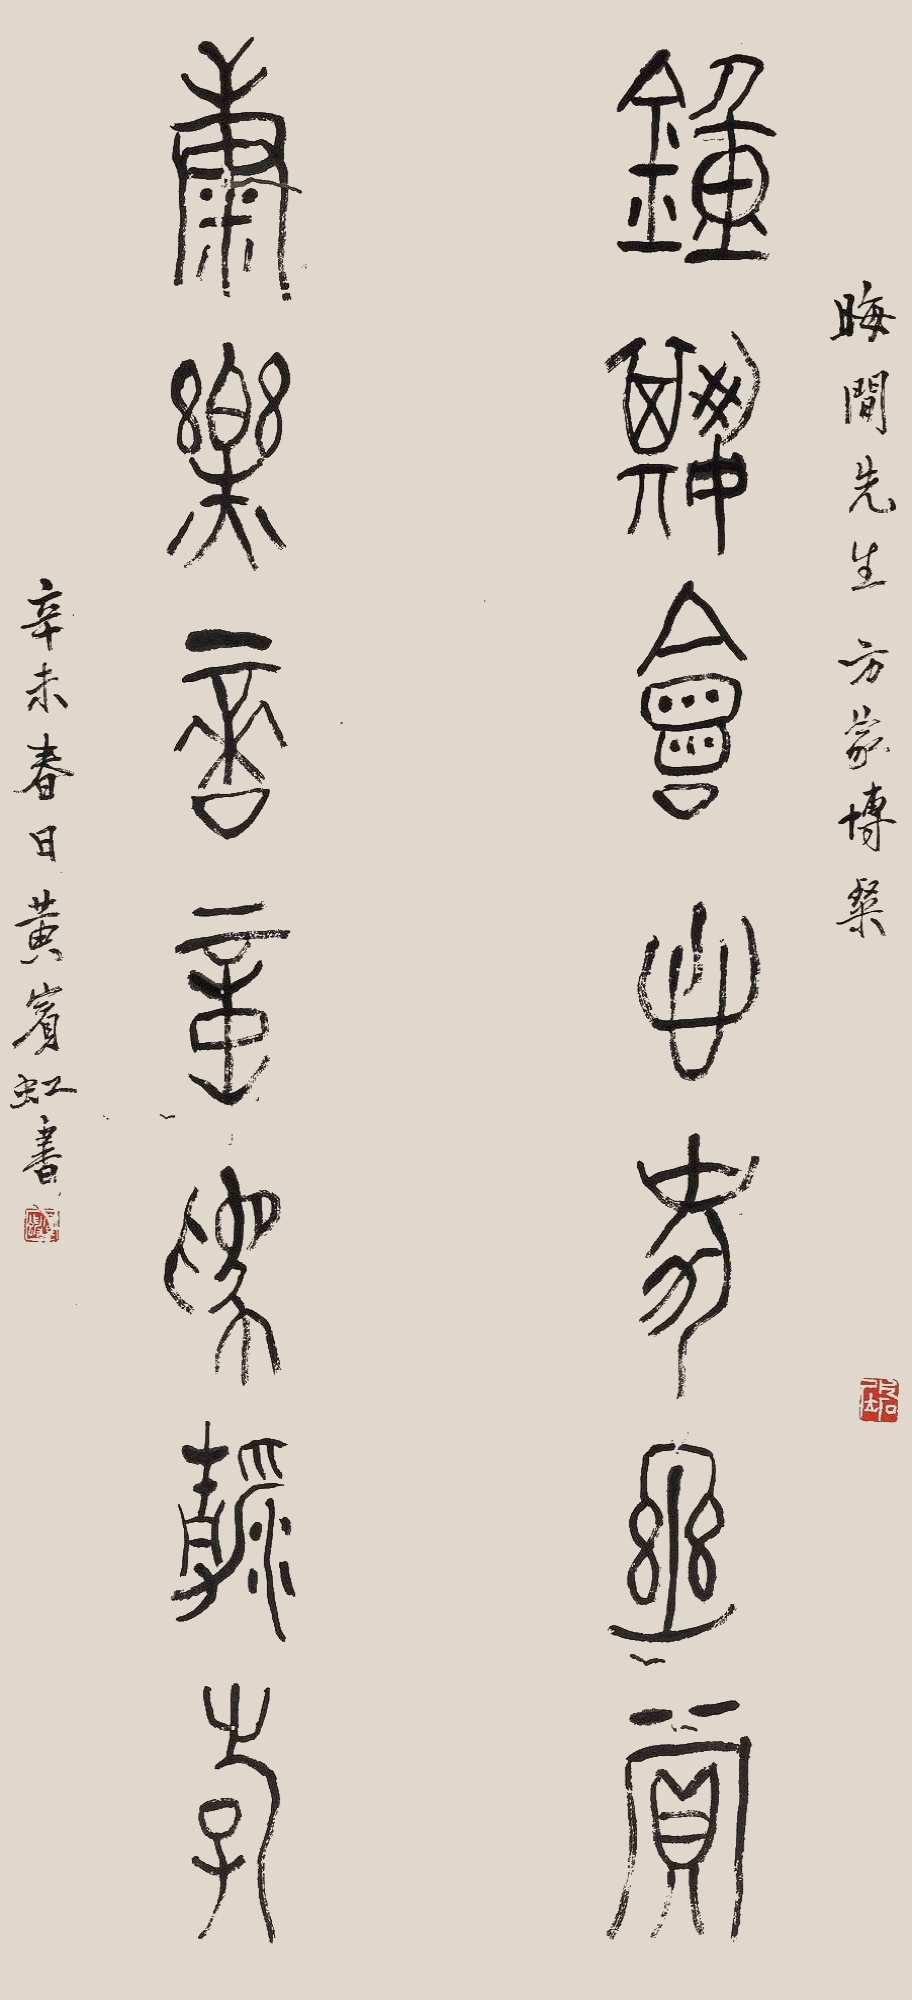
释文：锺期会心事幽赏，康乐适意为清游。晦闻先生方家博粲。辛未春日，黄宾虹书。